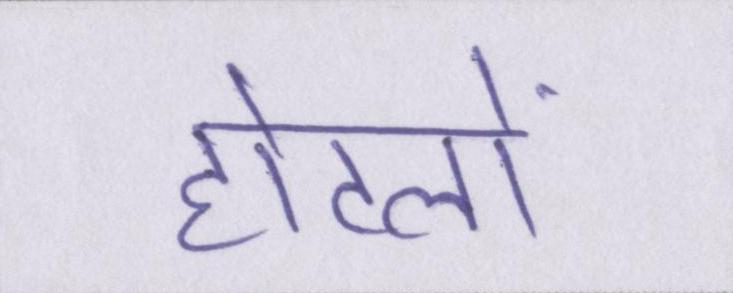
होटलों